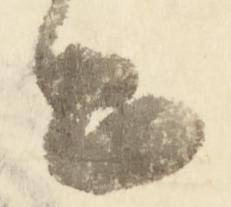
々